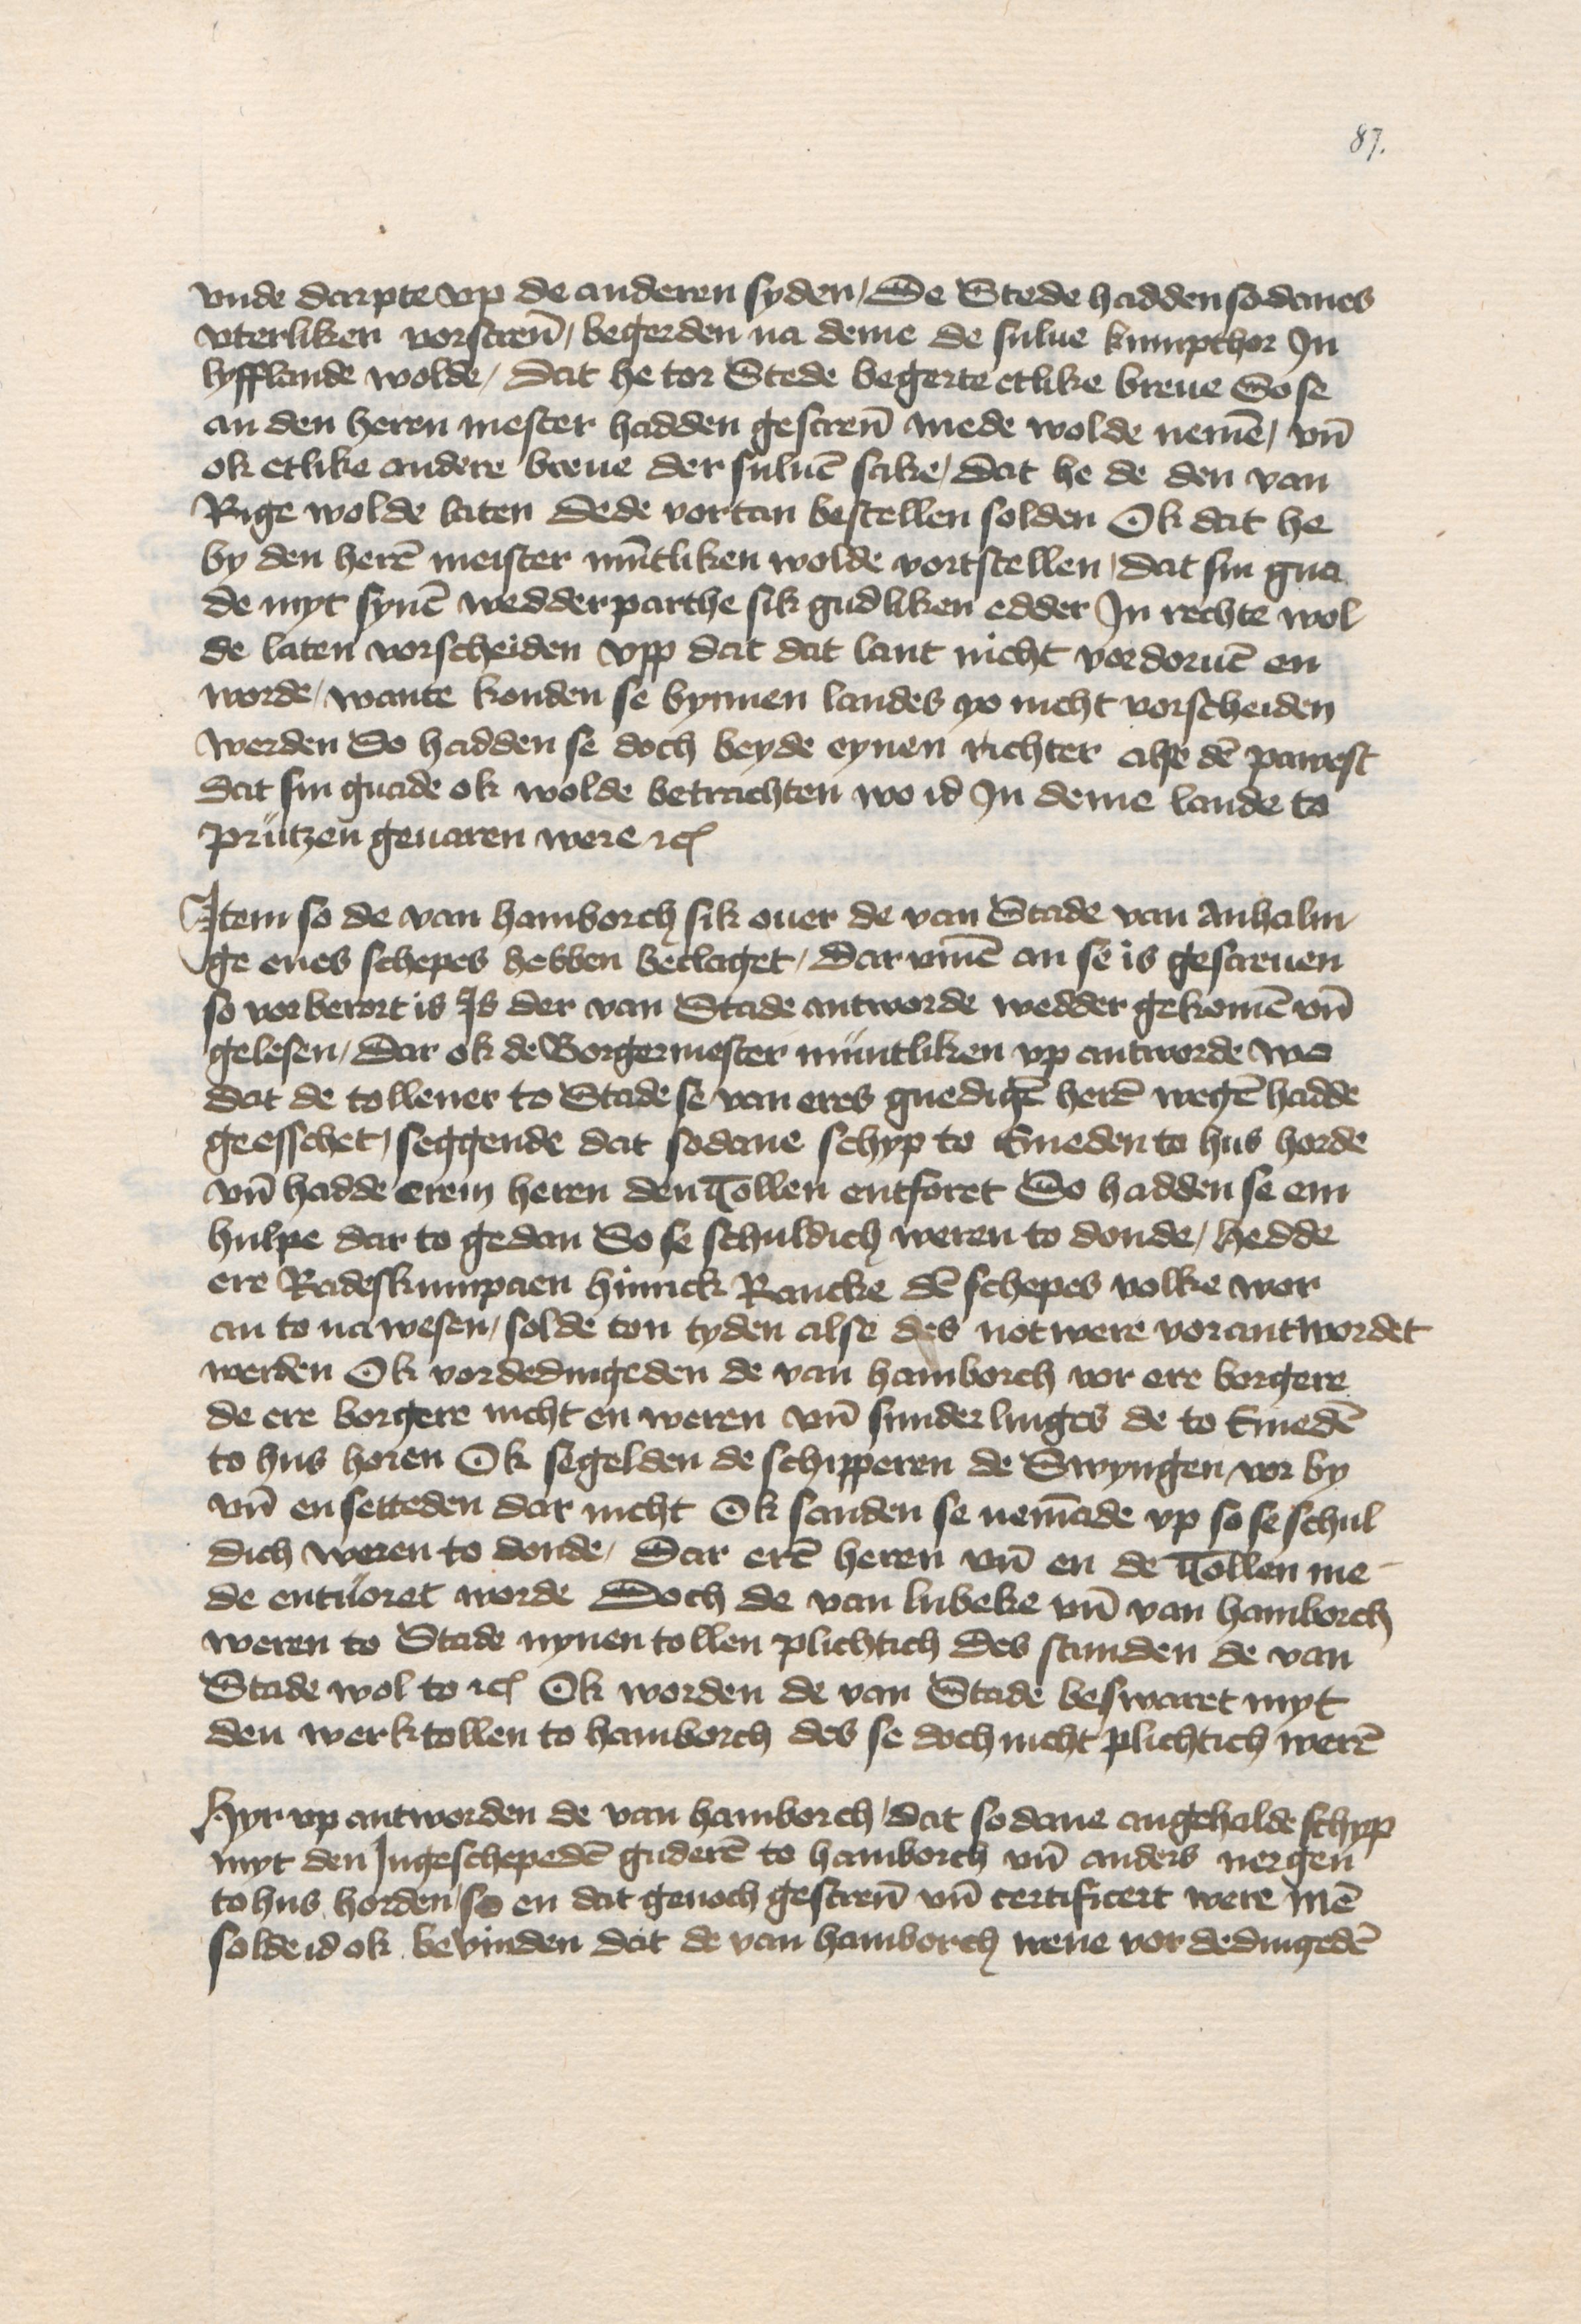
vnde Darpte vp de anderen syden, De Stede hadden sodanes
vterliken vorscreuen, begerden na deme de sulue kumpthor Jn
Lyfflande wolde, dat he tor Stede begerte etlike breue So se
an den heren mester hadden gescreuen mede wolde nemen, vnd
ok etlike andere breue der suluen sake, dat he de den van
Rige wolde laten dede vortan bestellen solden Ok dat he
by den heren meister muntliken wolde vortstellen, dat sin gna¬
de myt synem wedderparthe sik gudliken edder Jn rechte wol¬
de laten vorscheiden vpp dat dat lant nicht vordoruen en
worde, wante konden se bynnen landes yo nicht vorscheiden
werden So hadden se doch beyde eynen richter alse den pawest
dat sin gnade ok wolde betrachten wo id Jn deme lande to
Prutzen geuaren were etc

Jtem so de van Hamborch sik ouer de van Stade van Anhalin¬
ge enes schepes hebben beclaget, darvmme an se is gescreuen
so vorberort is Js der van Stade antworde wedder gekomen vnd
gelesen, dar ok de Borgermester muntliken vp antworde wo
dat de tollener to Stade se van eres gnedigen heren wegen hadde
geesschet, seggende dat sodne schyp to Emeden to hus horde
vnd hadde erem heren den Tollen entforet So hadden se em
hulpe dar to gedan So se schuldich weren to donde, hedde
ere Radeskumpaen Hinrick Rancke den schepes volke wor
an to na wesen, solde ton tyden alse des not were vorantwordet
werden Ok vordedingeden de van Hamborch vor ere borgere
de ere borgere nicht en weren vnd sunderlinges de to Emeden
to hus horen Ok segelden de schipperen de Swyngen, vor by
vnd en setteden dar nicht Ok sanden se nemande vp so se schul¬
dich weren to donde, dar eren heren vnd en de Tollen me
de entuoret worde doch de van Lubeke vnd van Hamborch
weren to Stade nynen tollen plichtich des stunden de van
Stade wol to etc Ok worden de van Stade beswaret myt
den werktollen to Hamborch des se doch nicht plichtich weren

Hyr vp antworden de van Hamborch, dat sodane angehalde schyp
myt den Jngeschepeden guderen to Hamborch vnd anders nergen
tohus horden, so en dat genoch gescreuen vnd certifitert were men
solde id ok bevinden dat de van Hamborch nene vor dedingeden